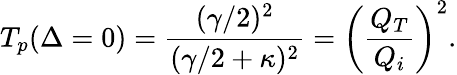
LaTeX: T_{p}(\Delta=0)=\frac{(\gamma/2)^{2}}{(\gamma/2+\kappa)^{2}}=\left(\frac{Q_{T}}{Q_{i}}\right)^{2}.